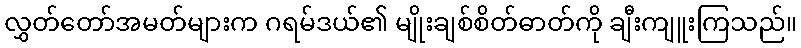
လွှတ်တော်အမတ်များက ဂရမ်ဒယ်၏ မျိုးချစ်စိတ်ဓာတ်ကို ချီးကျူးကြသည်။